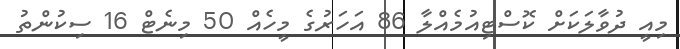
މިއީ ދުވާލަކަށް ކޮސްޓިއުމެއްލާ 86 އަހަރުގެ މީހެއް 50 މިނެޓް 16 ސިކުންތު